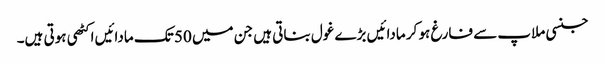
جنسی ملاپ سے فارغ ہو کر مادائیں بڑے غول بناتی ہیں جن میں 50 تک مادائیں اکٹھی ہوتی ہیں۔